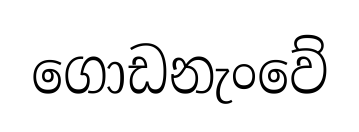
ගොඩනැංවේ